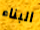
البناء